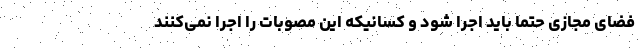
فضای مجازی حتما باید اجرا شود و کسانیکه این مصوبات را اجرا نمی‌کنند